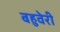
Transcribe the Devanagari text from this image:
बहुवेरी